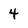
Character: 4